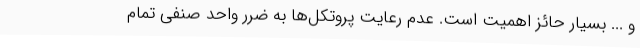
و ... بسیار حائز اهمیت است. عدم رعایت پروتکل‌ها به ضرر واحد صنفی تمام